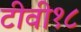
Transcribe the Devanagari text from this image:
टीवी१८